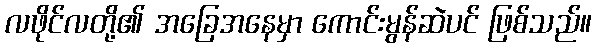
လဖိုင်လတို့၏ အခြေအနေမှာ ကောင်းမွန်ဆဲပင် ဖြစ်သည်။